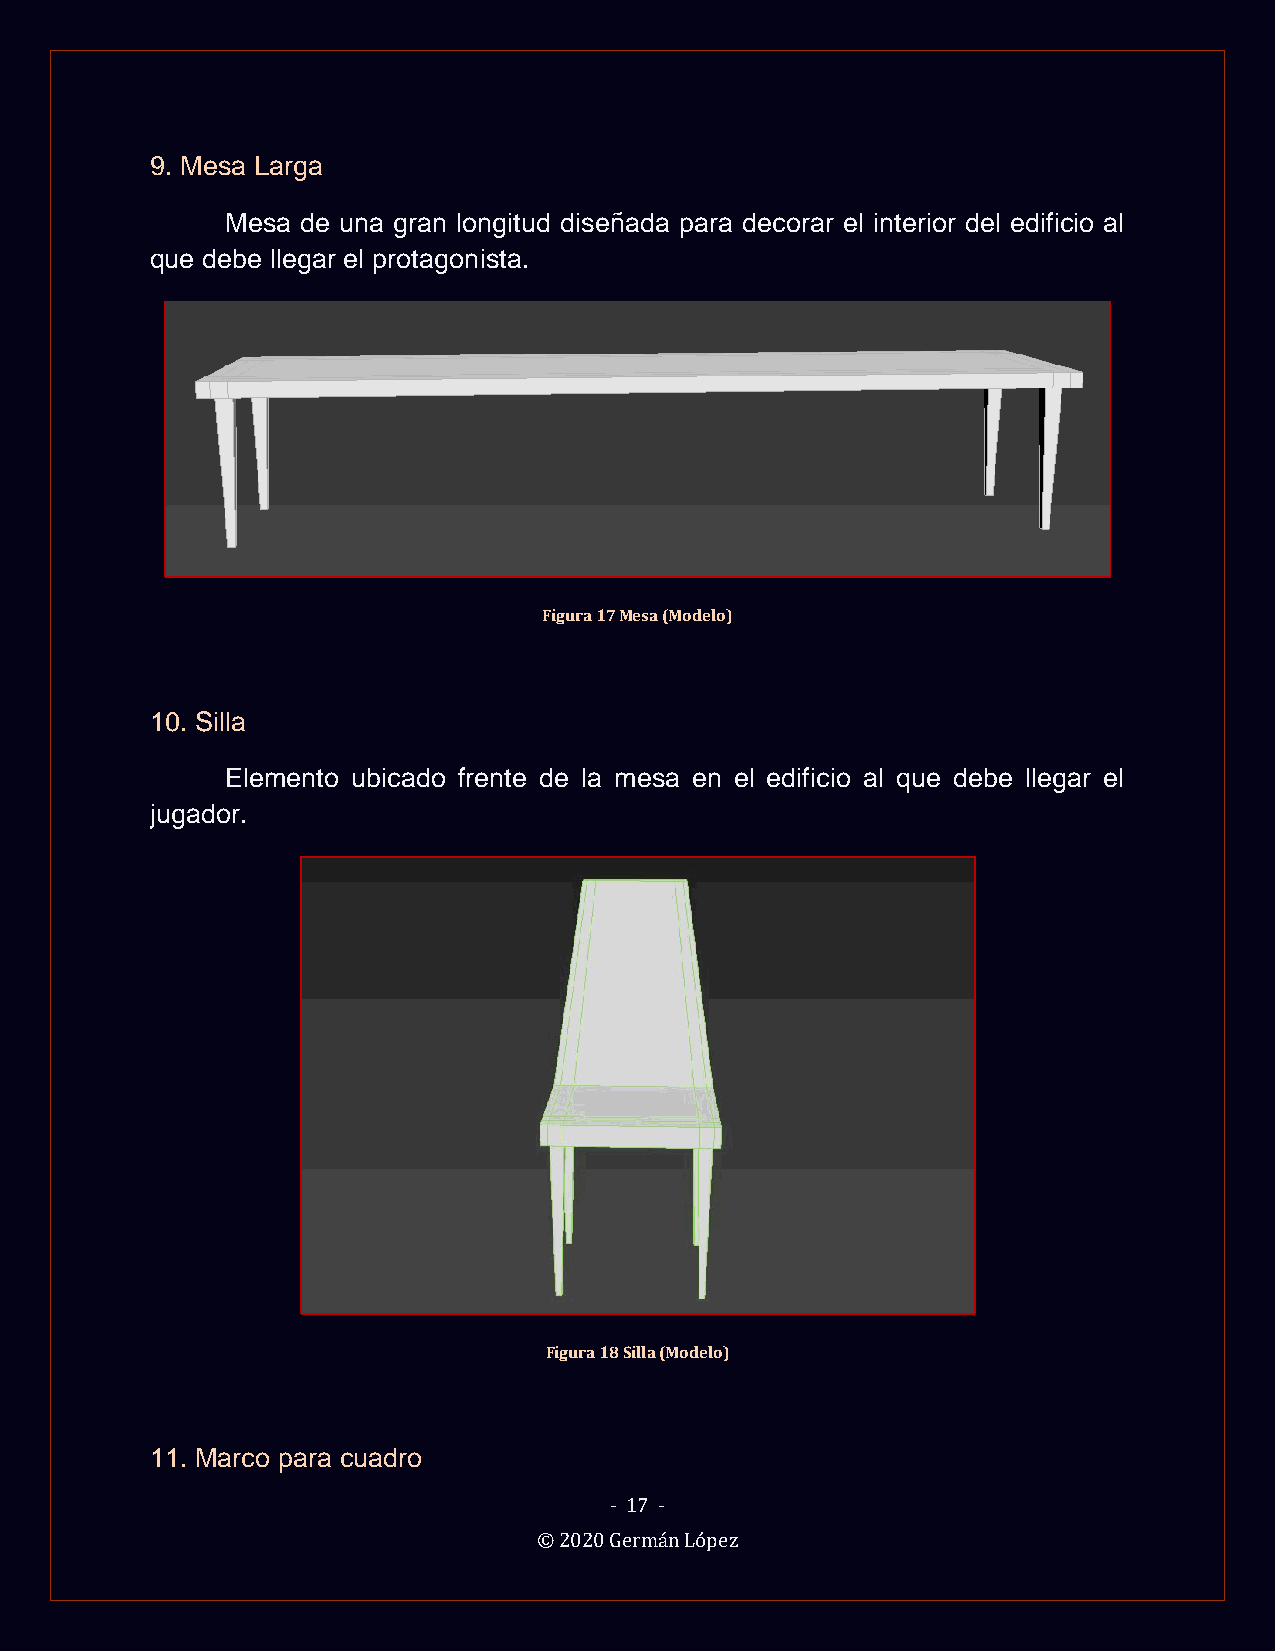
9. Mesa Larga
 Mesa de una gran longitud diseñada para decorar el interior del edificio al
 que debe llegar el protagonista.
 Figura 17 Mesa (Modelo)
 10. Silla
 Elemento ubicado frente de la mesa en el edificio al que debe llegar el
 jugador.
 Figura 18 Silla (Modelo)
 11. Marco para cuadro
 - 17 -
 © 2020 Germán López